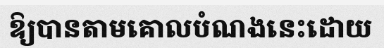
ឱ្យបានតាមគោលបំណងនេះដោយ